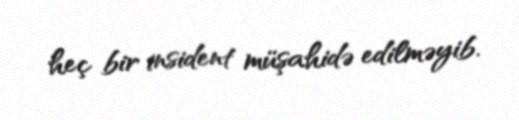
heç bir insident müşahidə edilməyib.